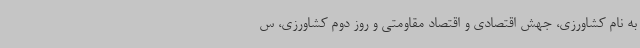
به نام کشاورزی، جهش اقتصادی و اقتصاد مقاومتی و روز دوم کشاورزی، س